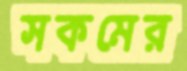
সকমের